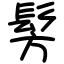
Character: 髣